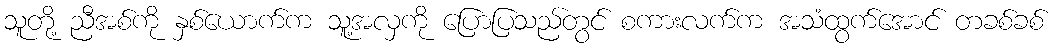
သူတို့ ညီအစ်ကို နှစ်ယောက်က သူ့အလှကို ပြောပြသည်တွင် စကားလက်က အသံထွက်အောင် တခစ်ခစ်